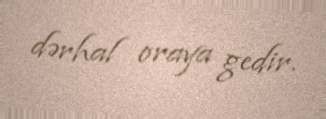
dərhal oraya gedir.